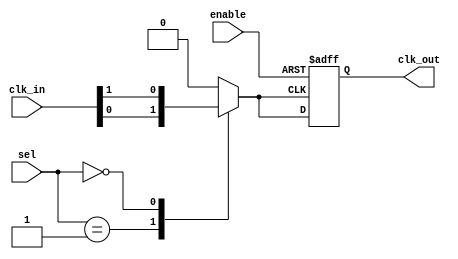
module ClockMultiplexerBuffer #(
    parameter NUM_CLOCKS = 4  // Number of input clocks (C0, C1, C2, ..., Ck)
)(
    input wire [NUM_CLOCKS-1:0] clk_in,  // Input clock signals
    input wire [NUM_CLOCKS-1:0] sel,      // Selection control signals
    input wire enable,                     // Clock gating enable signal
    output reg clk_out                     // Output clock signal
);

// Internal signal to hold the selected clock
reg selected_clk;

// Clock selection logic
always @(*) begin
    // Default to zero if no selection is made
    selected_clk = 1'b0; 
    
    // Select the clock based on the selection signal
    case (sel)
        1'b1: selected_clk = clk_in[0]; // Select C0
        1'b10: selected_clk = clk_in[1]; // Select C1
        1'b100: selected_clk = clk_in[2]; // Select C2
        1'b1000: selected_clk = clk_in[3]; // Select C3
        // Add more cases if NUM_CLOCKS > 4
        default: selected_clk = 1'b0; // Default case
    endcase
end

// Output buffer stage with clock gating
always @(posedge selected_clk or negedge enable) begin
    if (!enable) begin
        clk_out <= 1'b0; // Disable output clock when enable is low
    end else begin
        clk_out <= selected_clk; // Pass the selected clock to output
    end
end

endmodule